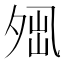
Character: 𡖕